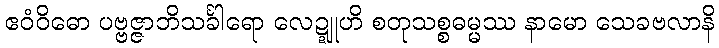
ဧဝံဝိဓော ပဗ္ဗဇ္ဇာဘိသင်္ခါရော လေဍ္ဍူဟိ စတုသစ္စဓမ္မဿ နာမော သေခဗလာနိ